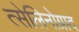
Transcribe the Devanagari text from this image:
त्सेलिनोग्राद